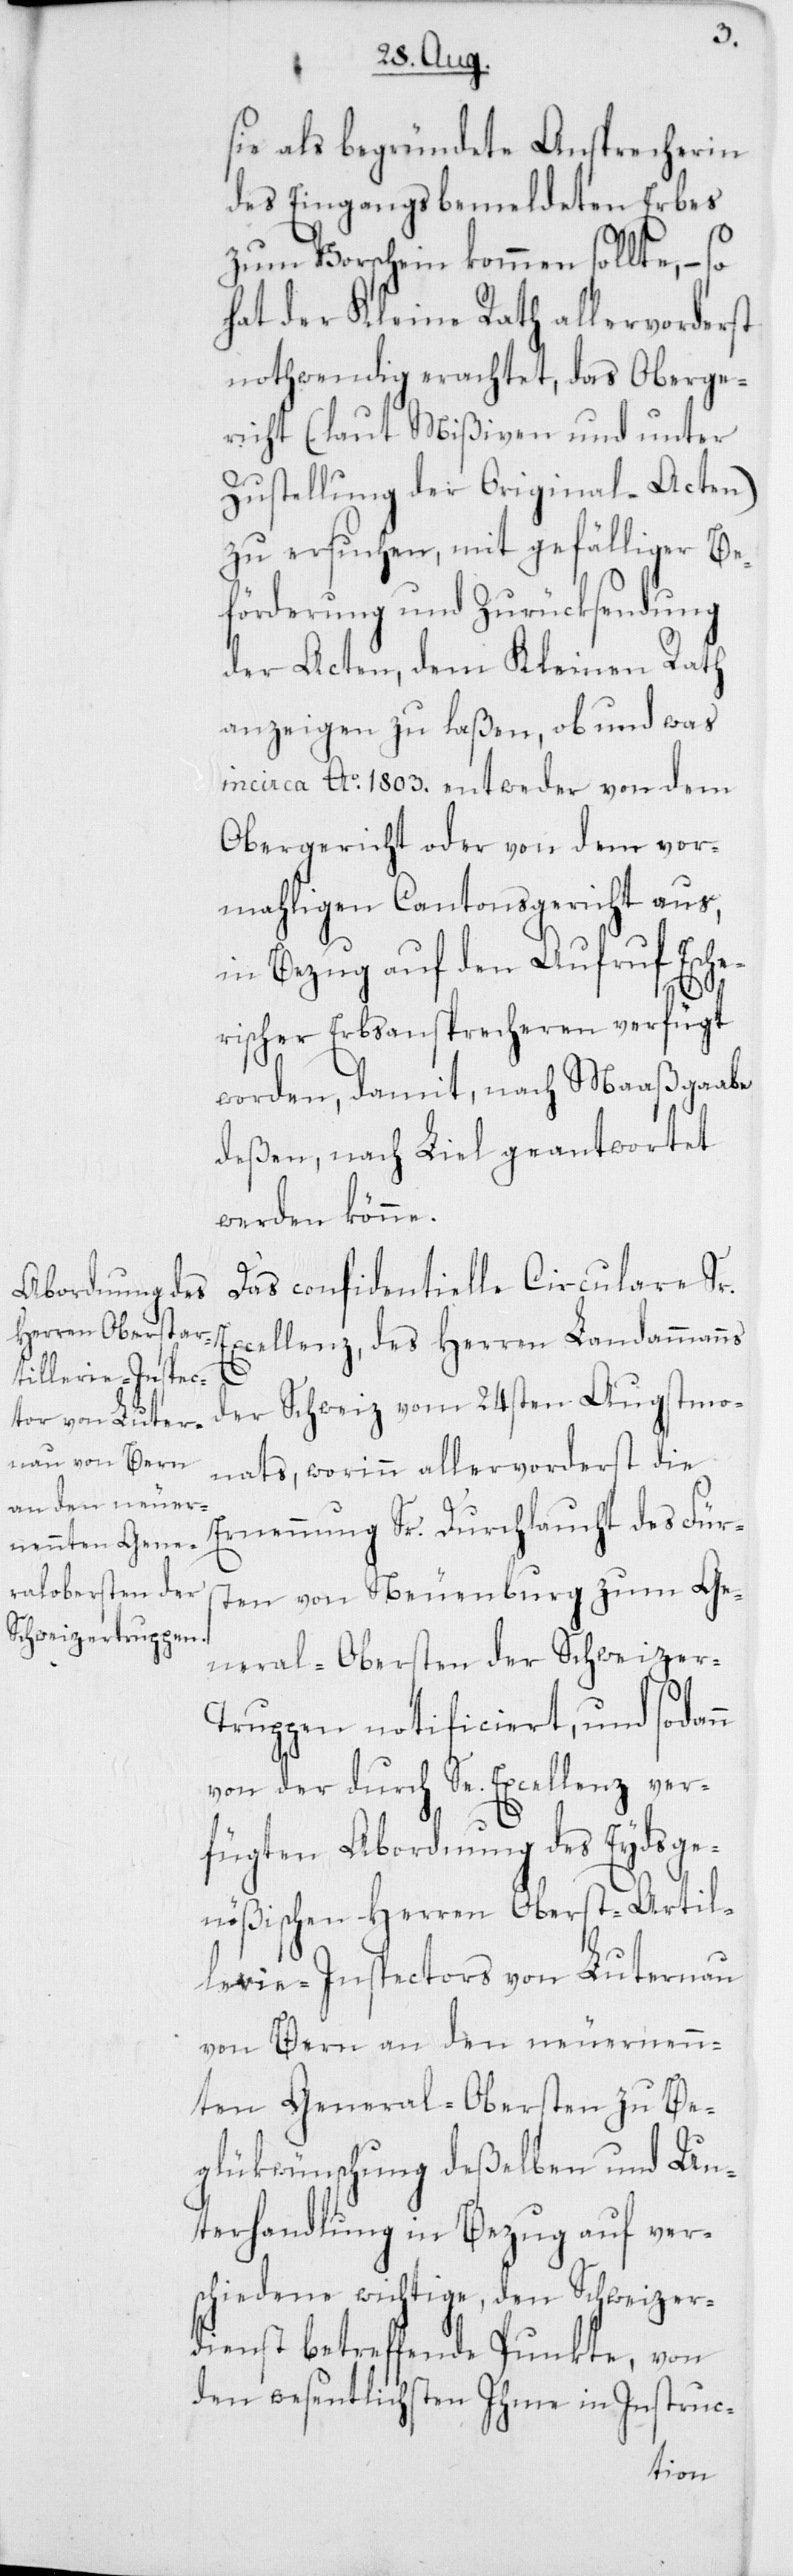
sie als begründete Ansprecherin
des Eingangs bemeldten Erbes
zum Vorschein kommen sollte, – so
hat der Kleine Rath allervorderst
nothwendig erachtet, das Oberge¬
richt (laut Mißiven und unter
Zustellung der Original-Acten)
zu ersuchen, mit gefälliger Be¬
förderung und Zurücksendung
der Acten, dem Kleinen Rath
anzeigen zu laßen, ob und was
in circa Ao 1803. entweder von dem
Obergericht oder von dem vor¬
mahligen Cantonsgericht aus,
in Bezug auf den Aufruf Esche¬
n
rischer Erbsansprecheren verfügt
worden, damit nach Maaßgaabe
deßen, nach Liel geantwortet
werden könne.
Das confidentielle Circulare Sr.
xcellenz, des Herren Landammanns
der Schweiz vom 24sten Augstmo¬
nats, worinn allervorderst die
Ernennung Sr. Durchlaucht des Fürs¬
ten von Neuenburg zum Ge¬
neral-Obersten der Schweizer-T¬
ruppen notificiert, und sodan¬
von der durch Se. Excellenz ver¬
fügten Abordnung des Eydsge¬
nößischen Herren Oberst-Artil¬
lerie-Inspectors von Luternau
von Bern an den neuernenn¬
ten General-Obersten zu Be¬
glükwünschung deßelben und Un¬
terhandlung in Bezug auf ver¬
schiedene wichtige, den Schweizer¬
dienst betreffende Punkte, von
den wesentlichsten Ihme in Instruc-